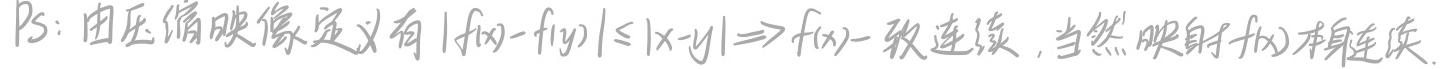
$Ps:$ 由压缩映像定义有 $|f(x)-f(y)|\leq|x - y|\Rightarrow f(x)$ 一致连续，当然映射 $f(x)$ 本身连续.